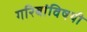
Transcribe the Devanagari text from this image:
गरिबांविषयी